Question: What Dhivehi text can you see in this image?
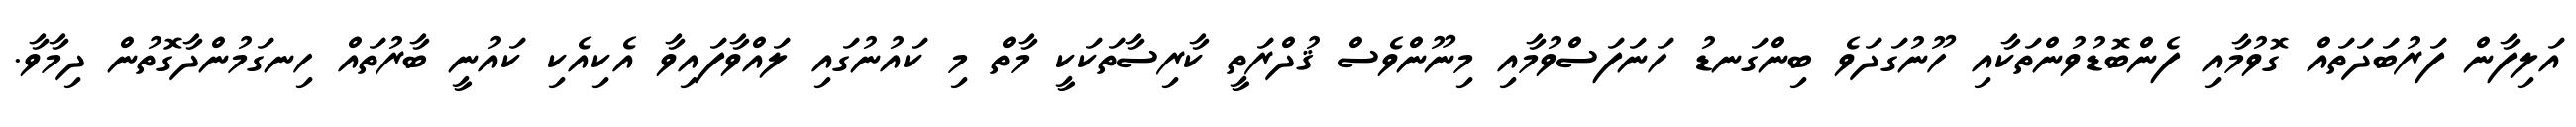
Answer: އަލިފާން ފަރުބަދަތައް ގޮވުމާއި ފެންބޮޑުވުންތަކާއި ހޫނުގަދަވެ ބިންގަނޑު ހަނަފަސްވުމާއި މިނޫންވެސް ޤުދްރަތީ ކާރިސާތަކަކީ މާތް މި ކައުނުގައި ލައްވާފައިވާ އެކިއެކި ކައުނީ ބާރުތައް ހިނގަމުންދާގޮތުން ދިމާވާ.